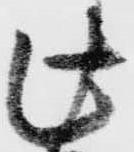
此